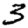
Digit: 3